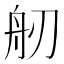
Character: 𦨔